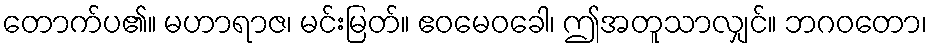
တောက်ပ၏။ မဟာရာဇ၊ မင်းမြတ်။ ဧဝမေဝခေါ၊ ဤအတူသာလျှင်။ ဘဂဝတော၊